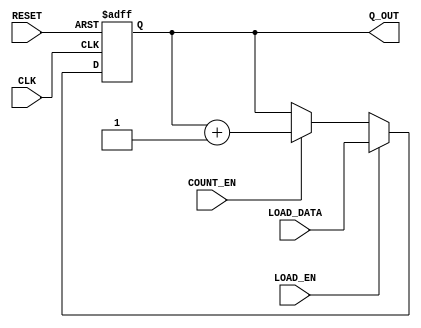
`timescale 1ns / 1ps
//////////////////////////////////////////////////////////////////////////////////
// Module Name:    counter_2bit 
// Project Name: 	 ee201l_merge_arrays
// Description:  	 This is a 2-bit loadable counter with count enable.
// 
// Comments:  
//          (1) Notice the use of parameter WIDTH. 
//          (2) Use this counter as template to create microprogram counter of 
//              appropriate width. 
//
//////////////////////////////////////////////////////////////////////////////////

module counter_2bit(CLK, RESET, COUNT_EN, LOAD_EN, LOAD_DATA, Q_OUT);

 parameter WIDTH = 2;
 
 input CLK, RESET, COUNT_EN, LOAD_EN;
 input  [WIDTH-1:0] LOAD_DATA;
 
 output [WIDTH-1:0] Q_OUT;
 reg 	  [WIDTH-1:0] Q_OUT;
 
 always @ (posedge CLK, posedge RESET)
	 begin  : counter_logic
		if (RESET)
			Q_OUT <= {WIDTH{1'b0}}; 
		else
			if(LOAD_EN)
				Q_OUT <= LOAD_DATA;
			else if (COUNT_EN)
				Q_OUT <= Q_OUT + 1;
			else 
				Q_OUT <= Q_OUT;
	 end

endmodule